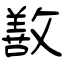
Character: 敾